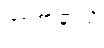
အာဇာနာသိ